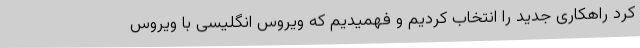
کرد راهکاری جدید را انتخاب کردیم و فهمیدیم که ویروس انگلیسی با ویروس